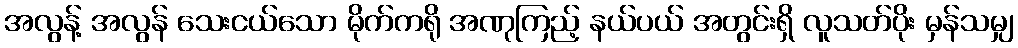
အလွန့် အလွန် သေးငယ်သော မိုက်ကရို အဏုကြည့် နယ်ပယ် အတွင်းရှိ လူသတ်ပိုး မှန်သမျှ